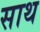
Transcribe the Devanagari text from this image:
साथ